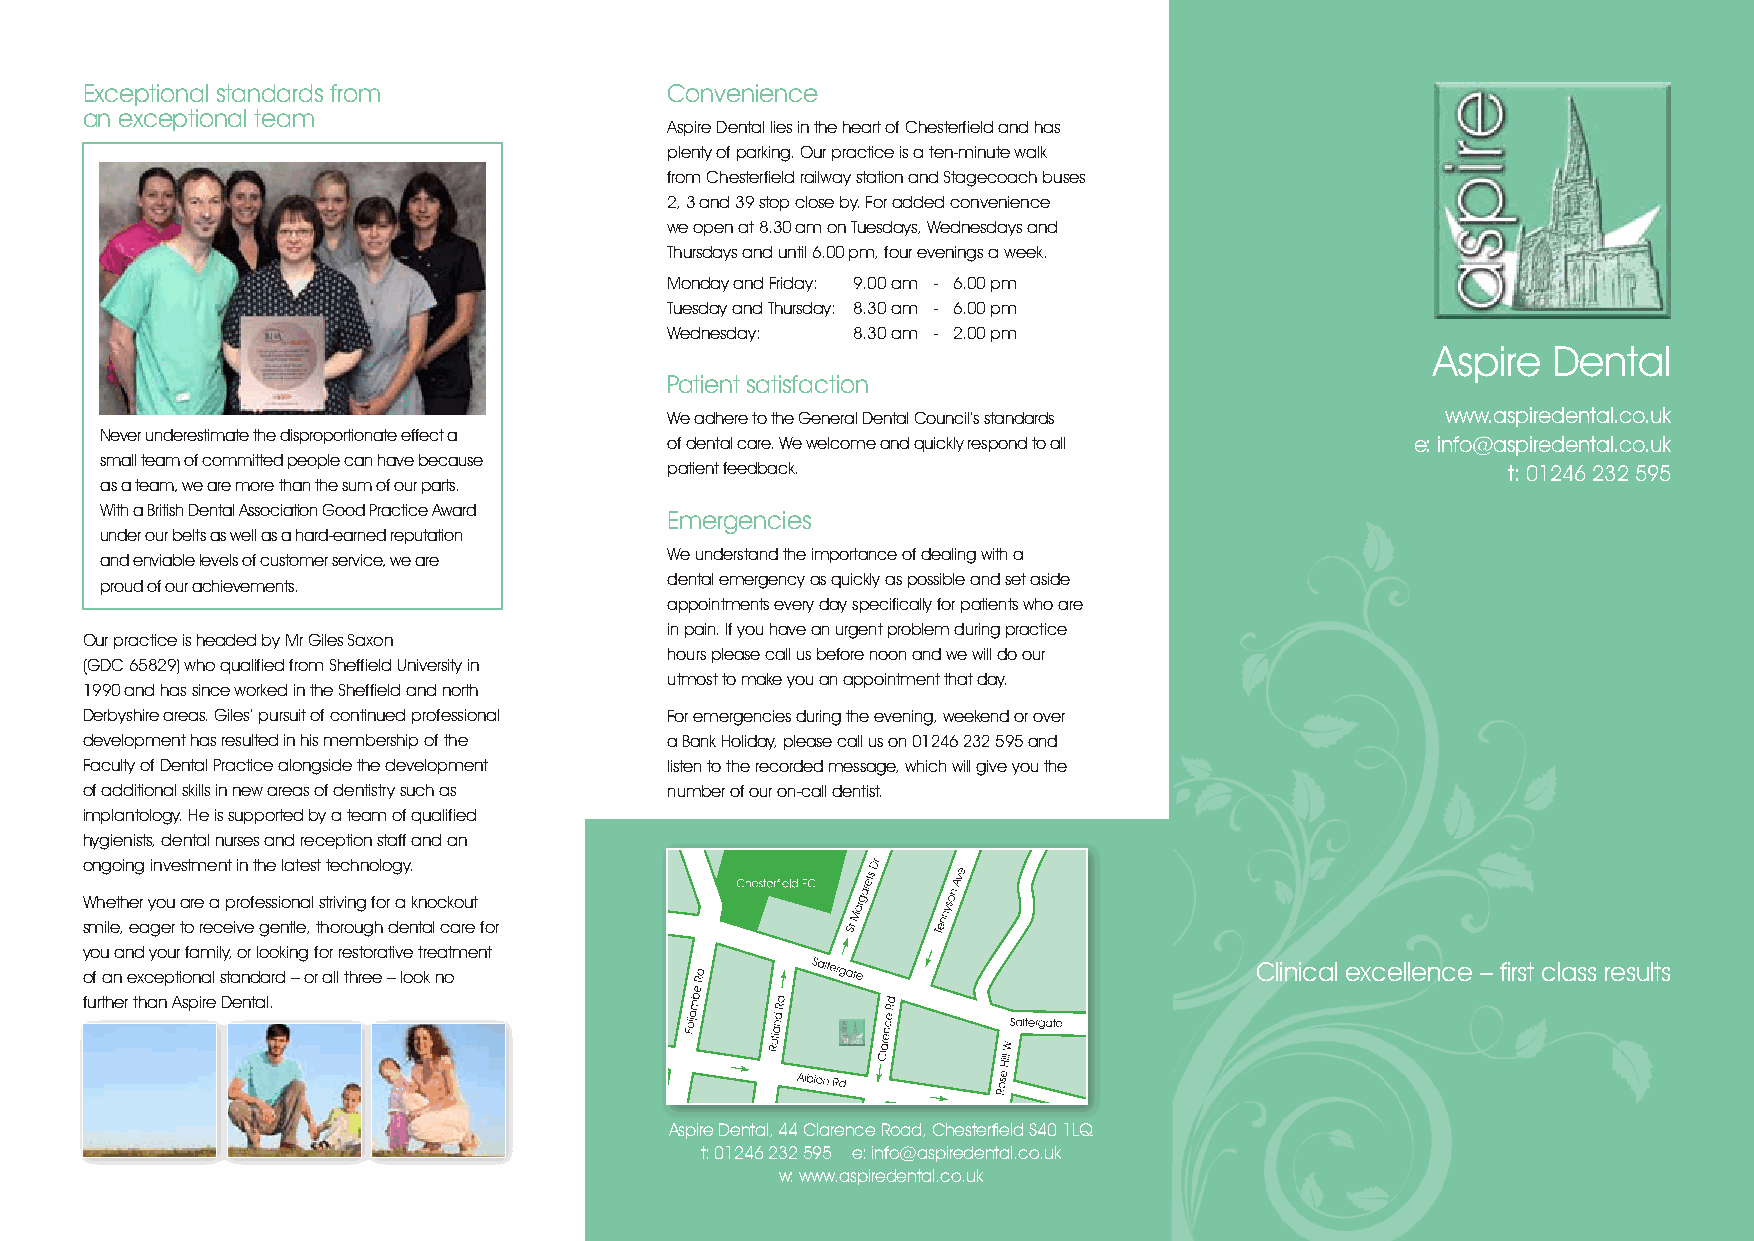
Exceptional standards from             Convenience
 an exceptional team
 Aspire Dental lies in the heart of Chesterfield and has
 plenty of parking. Our practice is a ten-minute walk
 from Chesterfield railway station and Stagecoach buses
 2, 3 and 39 stop close by. For added convenience
 we open at 8.30 am on Tuesdays, Wednesdays and
 Thursdays and until 6.00 pm, four evenings a week.
 Monday and Friday: 9.00 am - 6.00 pm
 Tuesday and Thursday: 8.30 am - 6.00 pm
 Wednesday:  8.30 am - 2.00 pm
 Aspire  Dental
 Patient satisfaction
 We adhere to the General Dental Council’s standards www.aspiredental.co.uk
 Never underestimate the disproportionate effect a
 of dental care. We welcome and quickly respond to all e: info@aspiredental.co.uk
 small team of committed people can have because
 patient feedback.                                       t: 01246 232 595
 as a team, we are more than the sum of our parts.
 With a British Dental Association Good Practice Award
 Emergencies
 under our belts as well as a hard-earned reputation
 We understand the importance of dealing with a
 and enviable levels of customer service, we are
 dental emergency as quickly as possible and set aside
 proud of our achievements.
 appointments every day specifically for patients who are
 in pain. If you have an urgent problem during practice
 Our practice is headed by Mr Giles Saxon
 hours please call us before noon and we will do our
 (GDC 65829) who qualified from Sheffield University in
 utmost to make you an appointment that day.
 1990 and has since worked in the Sheffield and north
 Derbyshire areas. Giles’ pursuit of continued professional For emergencies during the evening, weekend or over
 development has resulted in his membership of the a Bank Holiday, please call us on 01246 232 595 and
 Faculty of Dental Practice alongside the development listen to the recorded message, which will give you the
 of additional skills in new areas of dentistry such as number of our on-call dentist.
 implantology. He is supported by a team of qualified
 hygienists, dental nurses and reception staff and an
 ongoing investment in the latest technology.
 Whether you are a professional striving for a knockout
 smile, eager to receive gentle, thorough dental care for
 you and your family, or looking for restorative treatment
 Clinical excellence – first class results
 of an exceptional standard – or all three – look no
 further than Aspire Dental.
 Aspire Dental, 44 Clarence Road, Chesterfield S40 1LQ
 t: 01246 232 595 e: info@aspiredental.co.uk
 w: www.aspiredental.co.uk